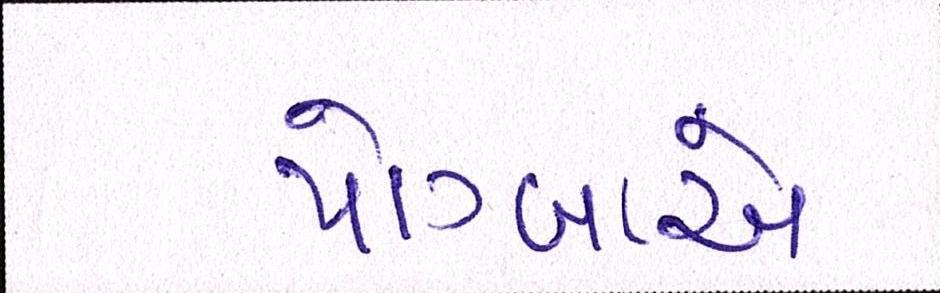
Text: પોગ્બાએ